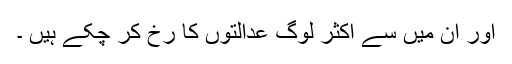
اور اُن میں سے اکثر لوگ عدالتوں کا رخ کر چکے ہیں ۔